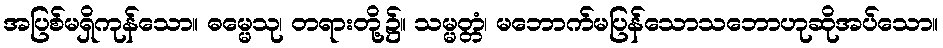
အပြစ်မရှိကုန်သော။ ဓမ္မေသု၊ တရားတို့၌။ သမ္မတ္တံ၊ မဘောက်မပြန်သောသဘောဟုဆိုအပ်သော။